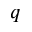
q